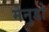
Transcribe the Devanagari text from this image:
मेनुडो